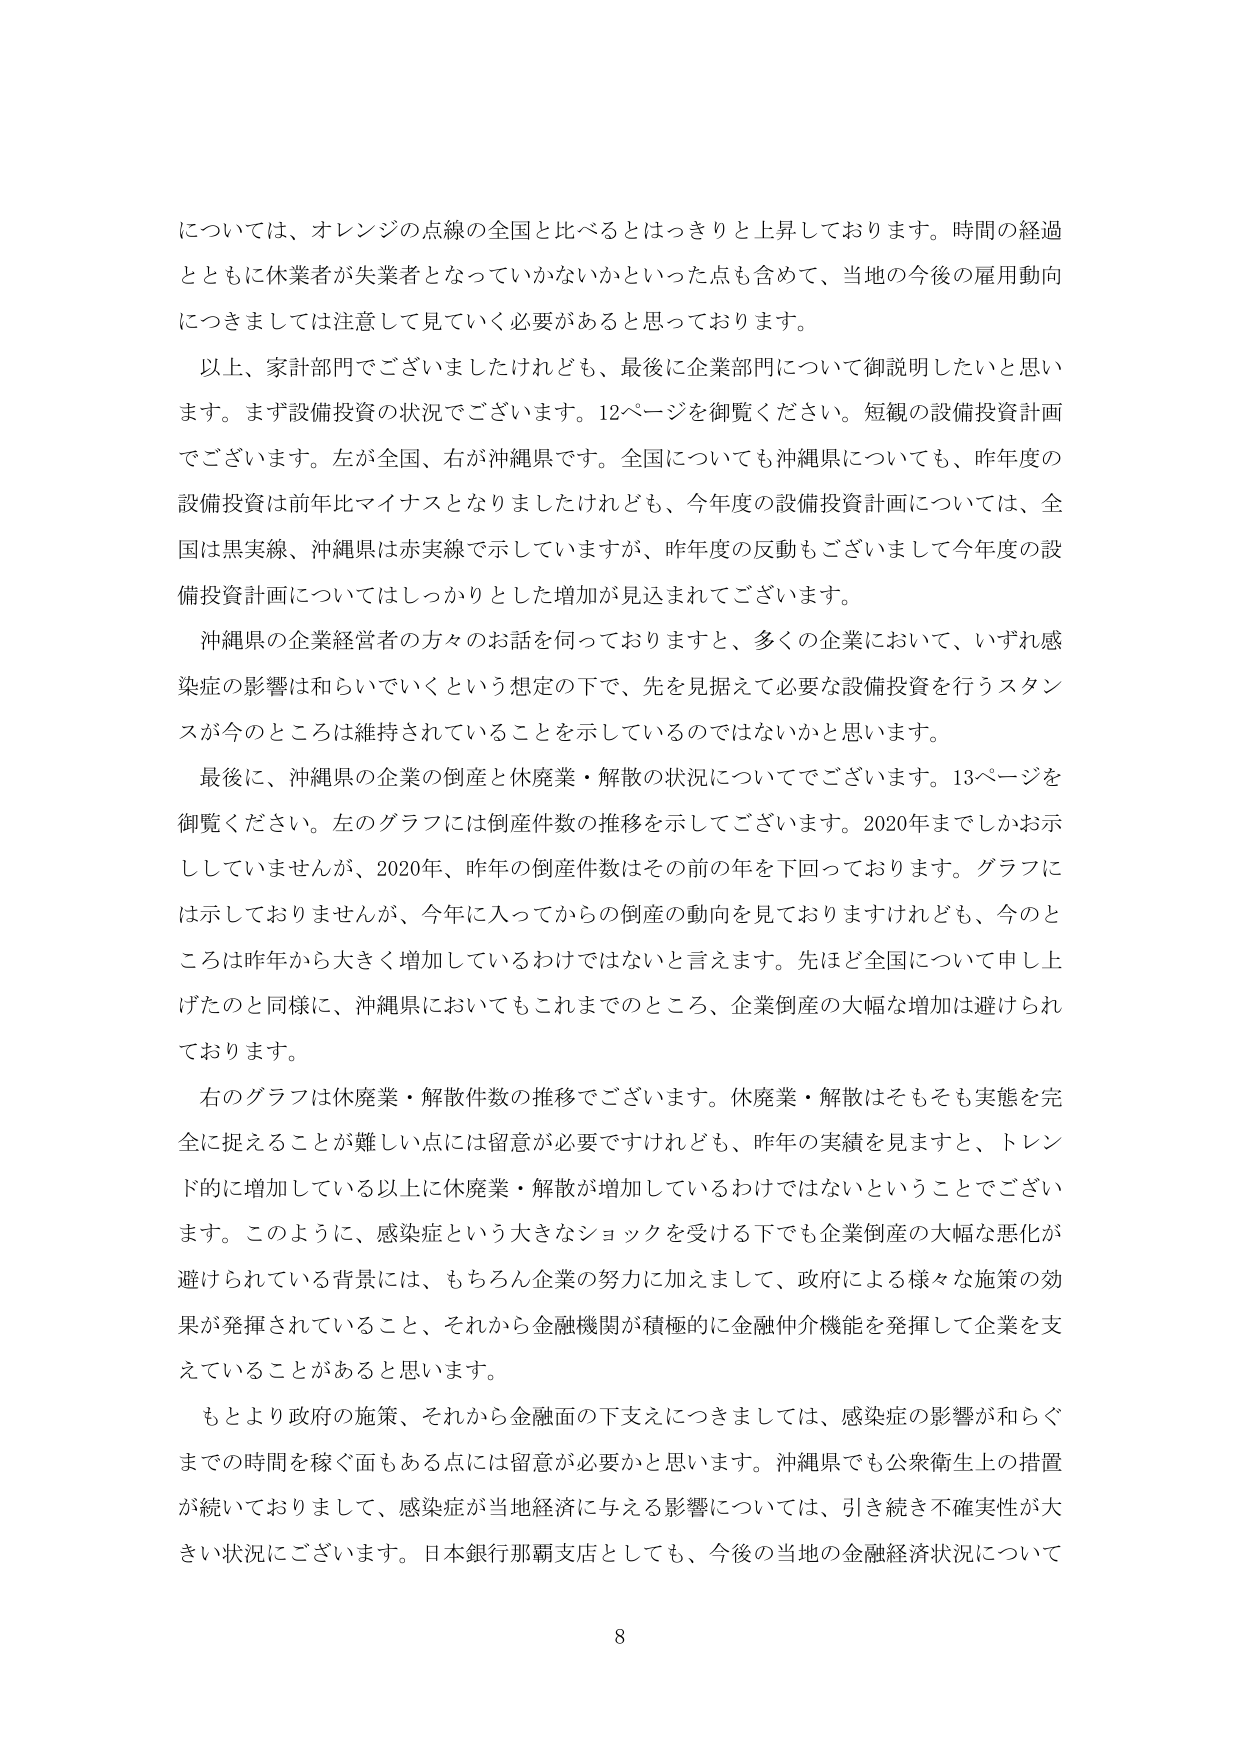
については、オレンジの点線の全国と比べるとはっきりと上昇しております。時間の経過とともに休業者が失業者となっていかないかといった点も含めて、当地の今後の雇用動向につきましては注意して見ていく必要があると思っております。

以上、家計部門でございましたけれども、最後に企業部門について御説明したいと思います。まず設備投資の状況でございます。12ページを御覧ください。短観の設備投資計画でございます。左が全国、右が沖縄県です。全国についても沖縄県についても、昨年度の設備投資は前年比マイナスとなりましたけれども、今年度の設備投資計画については、全国は黒実線、沖縄県は赤実線で示していますが、昨年度の反動もございまして今年度の設備投資計画についてはしっかりとした増加が見込まれております。

沖縄県の企業経営者の方々のお話を伺っておりますと、多くの企業において、いずれ感染症の影響は和らいでいくという想定の下で、先を見据えて必要な設備投資を行うスタンスが今のところは維持されていることを示しているのではないかと思います。

最後に、沖縄県の企業の倒産と休廃業・解散の状況についてでございます。13ページを御覧ください。左のグラフには倒産件数の推移を示してございます。2020年までしかお示ししていませんが、2020年、昨年の倒産件数はその前の年を下回っております。グラフには示しておりませんが、今年に入ってからの倒産の動向を見ておりますけれども、今のところは昨年から大きく増加しているわけではないと言えます。先ほど全国について申し上げたのと同様に、沖縄県においてもこれまでのところ、企業倒産の大幅な増加は避けられております。

右のグラフは休廃業・解散件数の推移でございます。休廃業・解散はそもそも実態を完全に捉えることが難しい点には留意が必要ですけれども、昨年の実績を見ますと、トレンド的に増加している以上に休廃業・解散が増加しているわけではないということでございます。このように、感染症という大きなショックを受ける下でも企業倒産の大幅な悪化が避けられている背景には、もちろん企業の努力に加えまして、政府による様々な施策の効果が発揮されていること、それから金融機関が積極的に金融仲介機能を発揮して企業を支えていることがあると思います。

もとより政府の施策、それから金融面の下支えにつきましては、感染症の影響が和らぐまでの時間を稼ぐ面もある点には留意が必要かと思います。沖縄県でも公衆衛生上の措置が続いておりまして、感染症が当地経済に与える影響については、引き続き不確実性が大きい状況にございます。日本銀行那覇支店としても、今後の当地の金融経済状況について

8